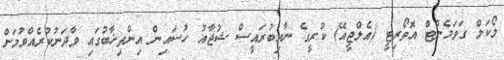
ލޯކަލް ގަވަމެންޓް އޮތޯރިޓީ (އެލްޖީއޭ) ކުރީގެ ނާއިބުރައީސް ޝުޖާއު ހުސައިން އިންތިޚާބުގައި ވާދަނުކުރެއްވުމަށް